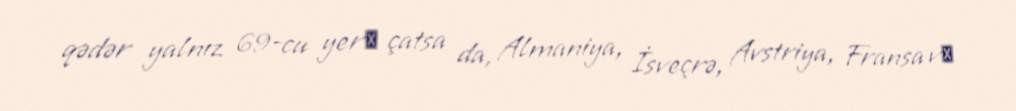
qədər yalnız 69-cu yerә çatsa da, Almaniya, İsveçrə, Avstriya, Fransa vә